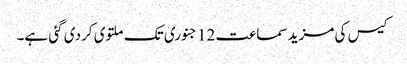
کیس کی مزید سماعت 12 جنوری تک ملتوی کردی گئی ہے۔